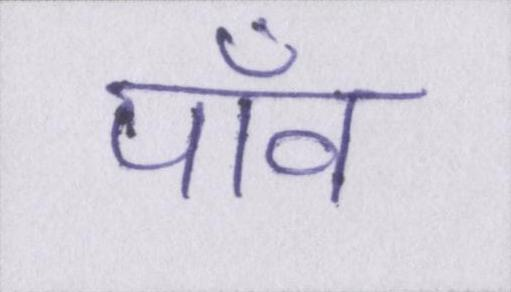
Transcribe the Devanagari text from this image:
पाँव